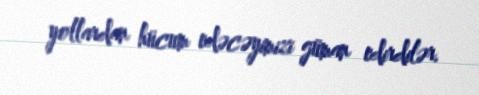
yollardan hücum edəcəyimizi güman edirdilər.